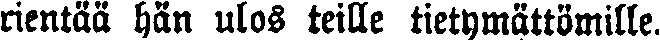
rientää hän ulos teille tietymättömille.